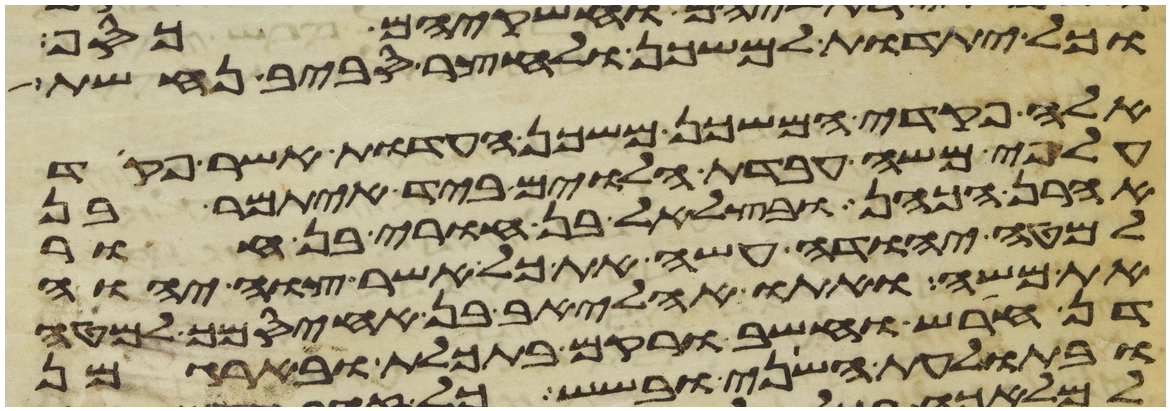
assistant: וכל יתדות למשכן ולחצר סביב נחשת
אלה פקדי המשכן משכן העדות אשר פקד
על פי משה עבדת הלוים ביד איתמר בן
אהרן הכהן ובצלאל בן אורי בן חור
למטה יהודה עשה את כל אשר צוה יהוה
את משה ואתו אהליאב בן אחיסמך למטה
דן חרש וחשב ורקם בתכלת ובארגמן